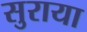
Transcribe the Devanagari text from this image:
सुराया